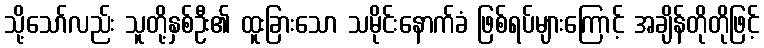
သို့သော်လည်း သူတို့နှစ်ဦး၏ ထူးခြားသော သမိုင်းနောက်ခံ ဖြစ်ရပ်များကြောင့် အချိန်တိုတိုဖြင့်